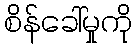
စိန်ခေါ်မှုကို